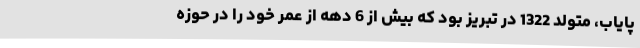
پایاب، متولد 1322 در تبریز بود که بیش از 6 دهه از عمر خود را در حوزه